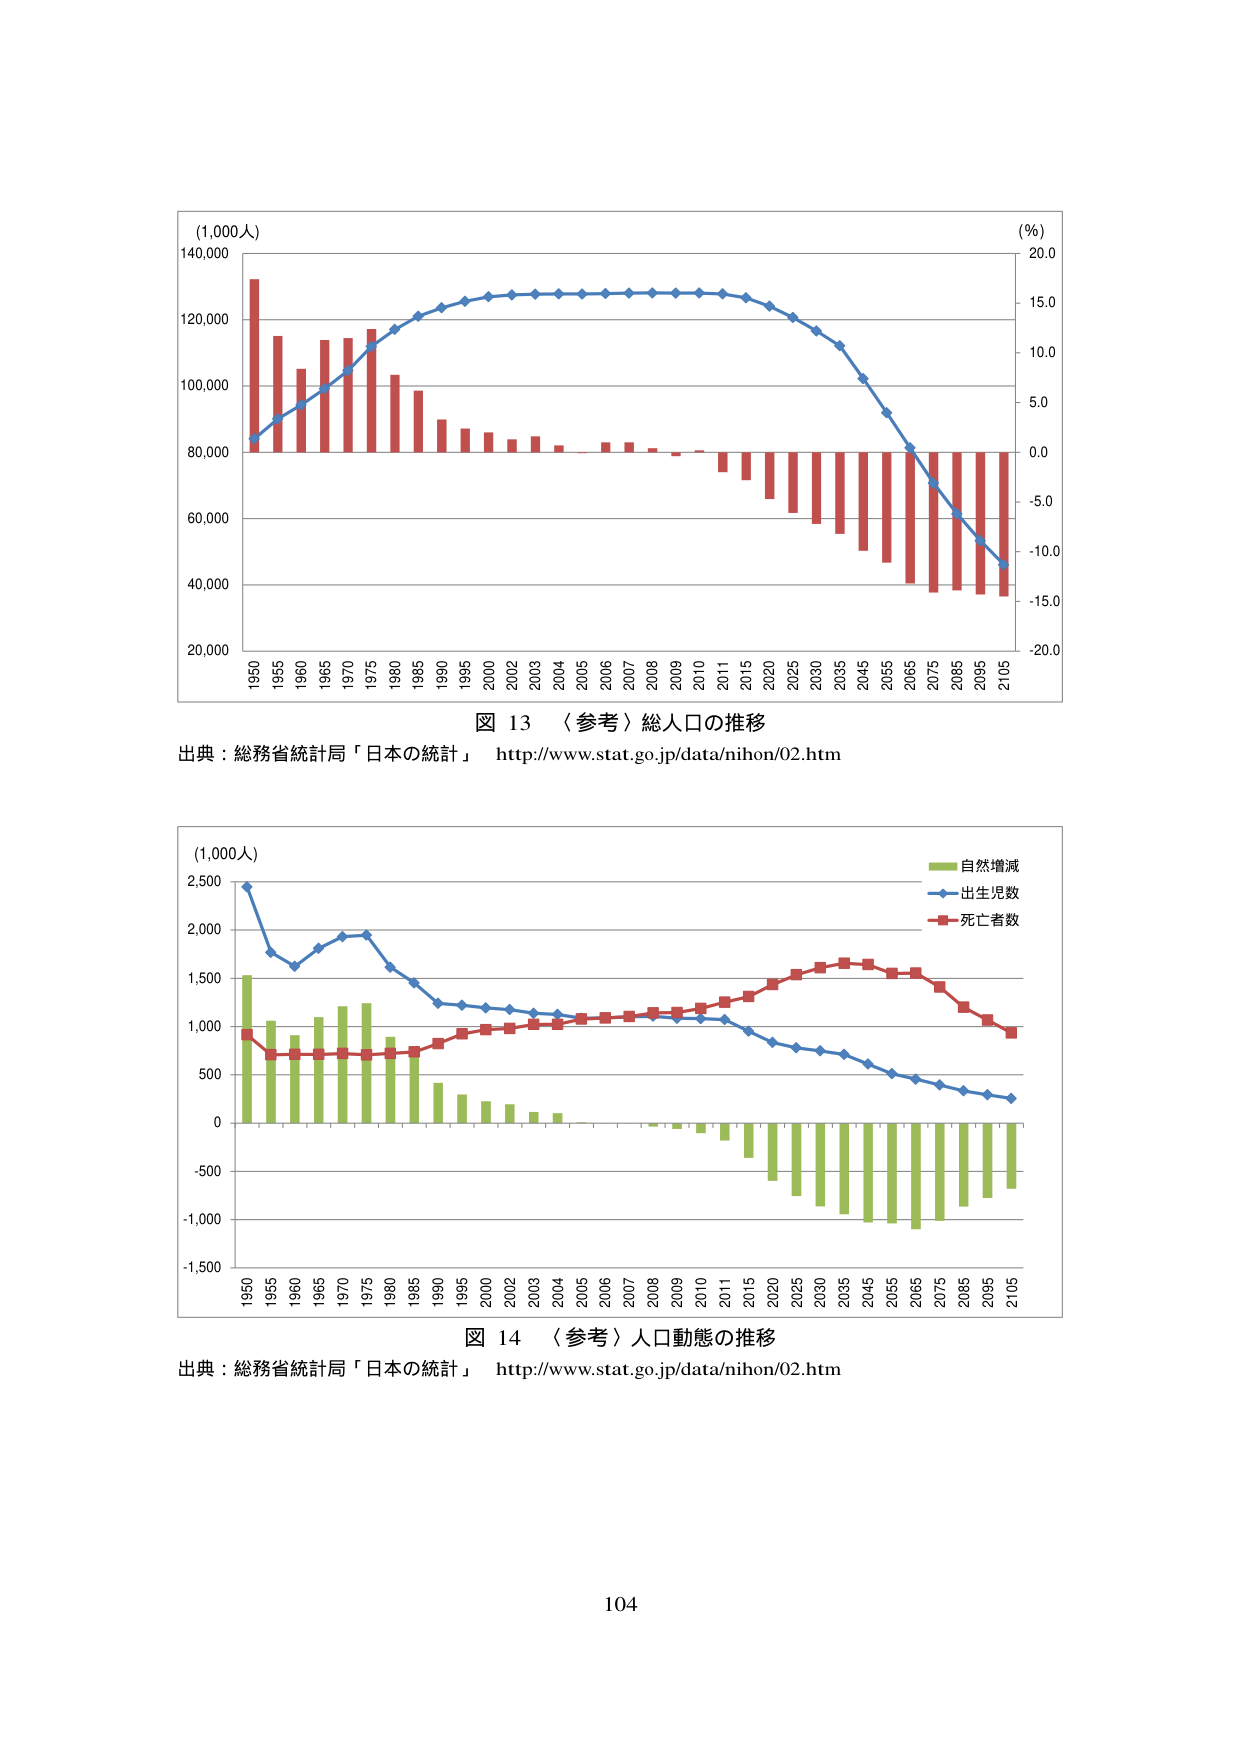
(1,000人)
140,000
120,000
100,000
80,000
60,000
40,000
20,000
1950
1955
1960
1965
1970
1975
1980
1985
1990
1995
2000
2002
2003
2004
2005
2006
2007
2008
2009
2010
2011
2015
2020
2025
2030
2035
2045
2055
2065
2075
2085
2095
2105
(％)
20.0
15.0
10.0
5.0
0.0
-5.0
-10.0
-15.0
-20.0
図 13 〈参考〉総人口の推移
出典：総務省統計局「日本の統計」 http://www.stat.go.jp/data/nihon/02.htm

(1,000人)
2,500
2,000
1,500
1,000
500
0
-500
-1,000
-1,500
1950
1955
1960
1965
1970
1975
1980
1985
1990
1995
2000
2002
2003
2004
2005
2006
2007
2008
2009
2010
2011
2015
2020
2025
2030
2035
2045
2055
2065
2075
2085
2095
2105
自然増減
出生児数
死亡者数
図 14 〈参考〉人口動態の推移
出典：総務省統計局「日本の統計」 http://www.stat.go.jp/data/nihon/02.htm

104